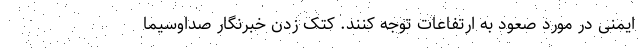
ایمنی در مورد صعود به ارتفاعات توجه کنند. کتک زدن خبرنگار صداوسیما